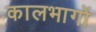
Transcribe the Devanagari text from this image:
कालभागों